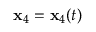
{ \mathbf x } _ { 4 } = { \mathbf x } _ { 4 } ( t )